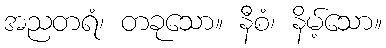
အညတရံ၊ တခုသော။ နီစံ၊ နိမ့်သော။